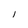
Character: 1